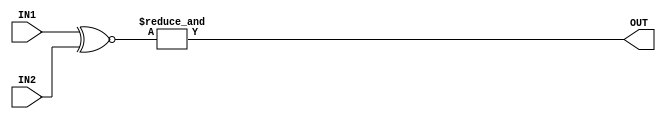
module cmp(IN1,IN2,OUT);
	input[2:0] IN1,IN2;
	output OUT;

	//xnor each bit and did and operation 
	assign OUT = &(IN1 ~^ IN2);  
endmodule